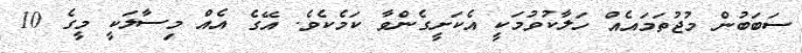
ސަބަބުން މުޖުތަމައެއް ހަލާކުވުމަކީ އެކަށީގެންވާ ކަމެކެވެ. އޭގެ އެއް މިސާލަކީ މީގެ 10